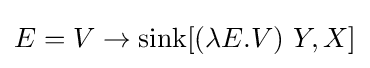
E=V\to \operatorname {sink} [(\lambda E.V)\ Y,X]